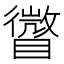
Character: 𥋪